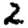
Digit: 2